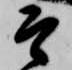
そ